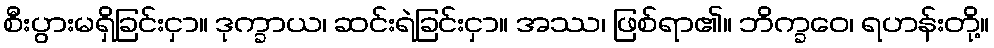
စီးပွားမရှိခြင်းငှာ။ ဒုက္ခာယ၊ ဆင်းရဲခြင်းငှာ။ အဿ၊ ဖြစ်ရာ၏။ ဘိက္ခဝေ၊ ရဟန်းတို့။